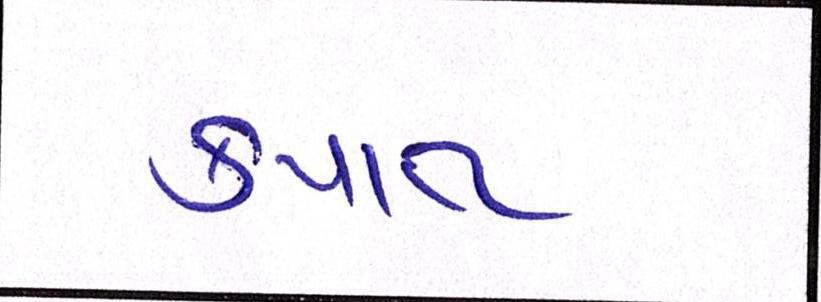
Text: કપાત